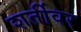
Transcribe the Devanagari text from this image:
शर्तीवर